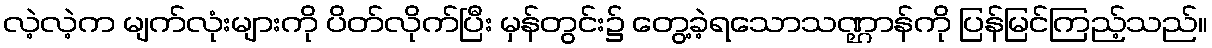
လဲ့လဲ့က မျက်လုံးများကို ပိတ်လိုက်ပြီး မှန်တွင်း၌ တွေ့ခဲ့ရသောသဏ္ဌာန်ကို ပြန်မြင်ကြည့်သည်။